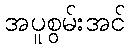
အပူစွမ်းအင်